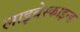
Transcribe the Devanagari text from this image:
लाइबेस्काइन्ड